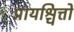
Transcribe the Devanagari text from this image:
प्रायश्चित्तों